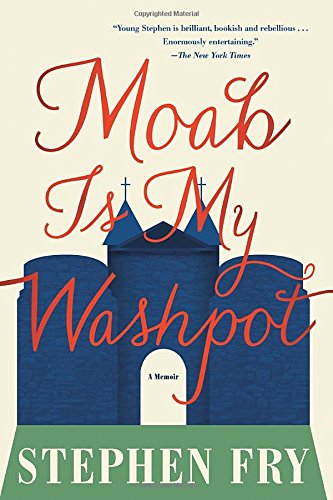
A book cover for Moab Is My Washpot; Stephen Fry; Literature & Fiction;